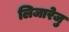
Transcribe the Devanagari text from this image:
लिजारेजु